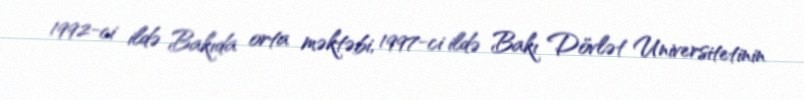
1992-ci ildə Bakıda orta məktəbi, 1997-ci ildə Bakı Dövlət Universitetinin